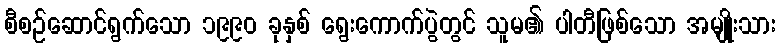
စီစဉ်ဆောင်ရွက်သော ၁၉၉၀ ခုနှစ် ရွေးကောက်ပွဲတွင် သူမ၏ ပါတီဖြစ်သော အမျိုးသား